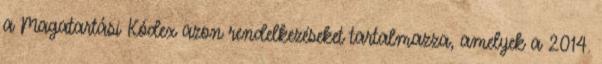
a Magatartási Kódex azon rendelkezéseket tartalmazza, amelyek a 2014.